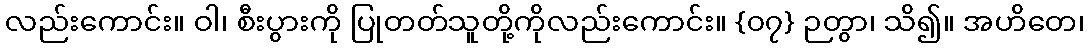
လည်းကောင်း။ ဝါ၊ စီးပွားကို ပြုတတ်သူတို့ကိုလည်းကောင်း။ {၀၇} ဉတွာ၊ သိ၍။ အဟိတေ၊